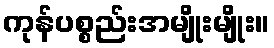
ကုန်ပစ္စည်းအမျိုးမျိုး။